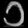
Digit: ၁